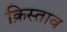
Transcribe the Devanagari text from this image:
क्रिस्ताव